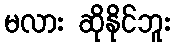
မလား ဆိုနိုင်ဘူး